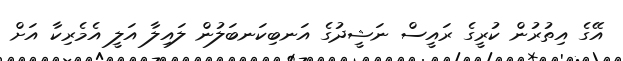
އޭގެ އިތުރުން ކުރީގެ ރައީސް ނަޝީދުގެ އަނބިކަނބަލުން ލައިލާ އަލީ އެމެރިކާ އަށް